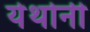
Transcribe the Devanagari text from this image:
येथोनी